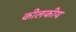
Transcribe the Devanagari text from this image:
कीलकीय